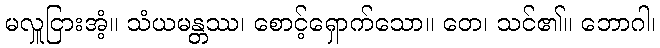
မလှူငြားအံ့။ သံယမန္တဿ၊ စောင့်ရှောက်သော။ တေ၊ သင်၏။ ဘောဂါ၊